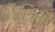
કોટિનો